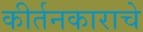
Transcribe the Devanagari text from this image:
कीर्तनकाराचे